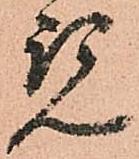
覧